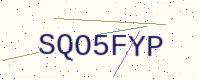
Text: SQO5FYP